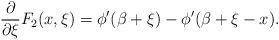
LaTeX: \begin{align*}\frac{\partial}{\partial \xi}F_2(x,\xi)=\phi'(\beta+\xi)-\phi'(\beta+\xi-x).\end{align*}